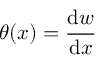
\theta ( x ) = { \cfrac { \mathrm { d } w } { \mathrm { d } x } }